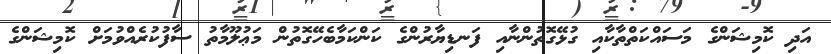
އަދި ކޮމިޝަންގެ މަސައްކަތްތާކާއި ގުޅޭގޮތުންނާއި ފަނޑިޔާރުންގެ ކަންކަމާބެހޭގޮތުން މަޢުލޫމާތު ސާފުކުރެއްވުމަށް ކޮމިޝަންގެ